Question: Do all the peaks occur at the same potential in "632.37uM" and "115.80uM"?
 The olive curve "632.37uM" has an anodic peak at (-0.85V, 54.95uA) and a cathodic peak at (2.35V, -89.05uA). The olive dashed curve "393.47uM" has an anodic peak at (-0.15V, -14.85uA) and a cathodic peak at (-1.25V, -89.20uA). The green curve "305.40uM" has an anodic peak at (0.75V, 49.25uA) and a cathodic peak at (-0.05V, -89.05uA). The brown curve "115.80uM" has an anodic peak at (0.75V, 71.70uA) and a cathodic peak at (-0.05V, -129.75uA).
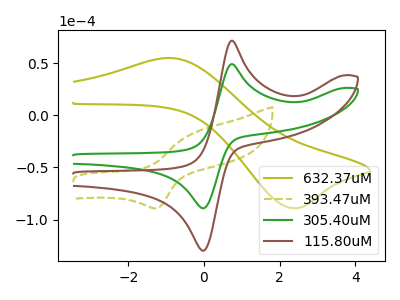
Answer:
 <answer>No, "632.37uM" and "115.80uM" have at least one peak that does not match.</answer>
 <eval>mismatch</eval>